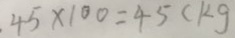
. 4 5 \times 1 0 0 = 4 5 ( k g